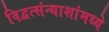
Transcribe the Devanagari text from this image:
विद्वत्संन्याशांमध्ये